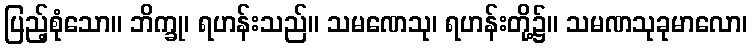
ပြည့်စုံသော။ ဘိက္ခု၊ ရဟန်းသည်။ သမဏေသု၊ ရဟန်းတို့၌။ သမဏသုခုမာလော၊